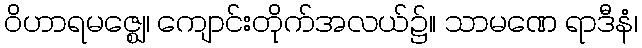
ဝိဟာရမဇ္ဈေ၊ ကျောင်းတိုက်အလယ်၌။ သာမဏေ ရာဒီနံ၊